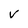
Character: v